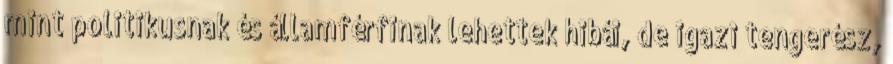
mint politikusnak és államférfinak lehettek hibái, de igazi tengerész,